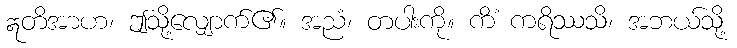
ဣတိအာဟ၊ ဤသို့လျှောက်၏။ အညံ၊ တပါးကို။ ကိံ ကရိဿသိ၊ အဘယ်သို့